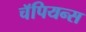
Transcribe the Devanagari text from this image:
चॅपियन्स